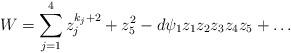
LaTeX: \begin{align*} W = \sum_{j=1}^4 z_j^{k_j+2} + z_5^2 - d \psi_1 z_1z_2z_3z_4z_5 + \dots\end{align*}